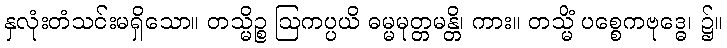
နှလုံးတံသင်းမရှိသော။ တသ္မိဉ္စ ဩကပ္ပယိ ဓမ္မမုတ္တမန္တိ၊ ကား။ တသ္မိံ ပစ္စေကဗုဒ္ဓေ၊ ၌။